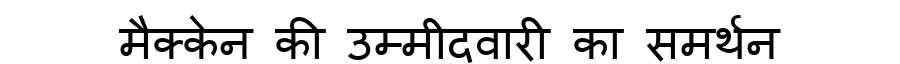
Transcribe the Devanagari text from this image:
मैक्केन की उम्मीदवारी का समर्थन